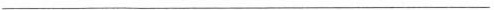
___